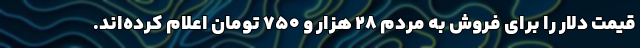
قیمت دلار را برای فروش به مردم ۲۸ هزار و ۷۵۰ تومان اعلام کرده‌اند.